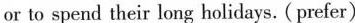
or to spend their long holidays. (prefer)